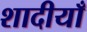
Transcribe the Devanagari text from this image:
शादीयाँ